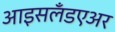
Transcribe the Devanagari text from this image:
आइसलँडएअर